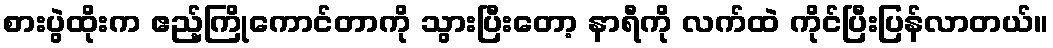
စားပွဲထိုးက ဧည့်ကြိုကောင်တာကို သွားပြီးတော့ နာရီကို လက်ထဲ ကိုင်ပြီးပြန်လာတယ်။